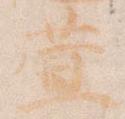
萱